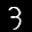
Label: 3